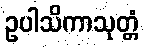
ဥပါသိကာသုတ္တံ